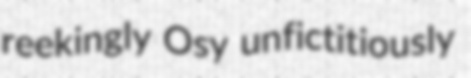
reekingly Osy unfictitiously